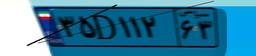
۳۵D۱۱۲۶۳